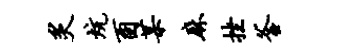
炙炕酉某麻挫釜